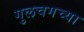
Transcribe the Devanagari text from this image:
गुलचगच्या